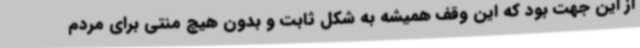
از این جهت بود که این وقف همیشه به شکل ثابت و بدون هیچ منتی برای مردم